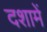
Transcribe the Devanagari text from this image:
दशामें